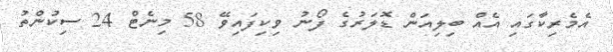
އެމެރިކާގައި އެއް ބިލިއަން ޑޮލަރުގެ ފޯނު ވިކިފައިވޭ 58 މިނެޓް 24 ސިކުންތު